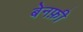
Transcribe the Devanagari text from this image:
बेनफ़ी